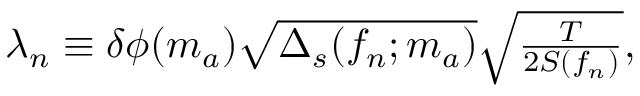
\begin{array} { r } { \lambda _ { n } \equiv \delta \phi ( m _ { a } ) \sqrt { \Delta _ { s } ( f _ { n } ; m _ { a } ) } \sqrt { \frac { T } { 2 S ( f _ { n } ) } } , } \end{array}